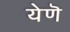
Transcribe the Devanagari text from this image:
येणॆ